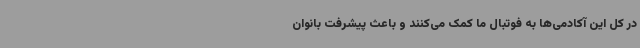
در کل این آکادمی‌ها به فوتبال ما کمک می‌کنند و باعث پیشرفت بانوان